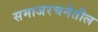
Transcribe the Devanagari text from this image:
समाजरचनेतील